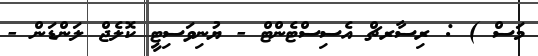
މަސް ) : ރިސާރޗް އެސިސްޓެންޓް - ޔުނިވަސިޓީ ކޮލެޖް ލަންޑަން -